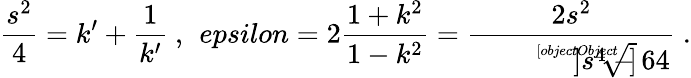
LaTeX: \frac{s^{2}}{4}=k^{\prime}+\frac{1}{k^{\prime}}\ ,\ \, epsilon=2\frac{1+k^{2}}{1-k^{2}}=\frac{2s^{2}}{\sqrt[[objectObject]]]{s^{4}-64}}\ .